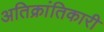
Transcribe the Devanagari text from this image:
अतिक्रांतिकारी